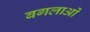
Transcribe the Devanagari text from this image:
बगलाओं